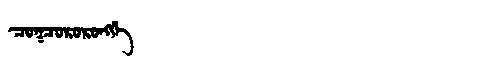
Manchu: ᠴᠣᡴᠴᠣᡵᠣᡵᠣᠩᡤᡝ
Romanization: COKCORORONGGE